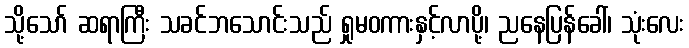
သို့သော် ဆရာကြီး သခင်ဘသောင်းသည် ရှုမဝကားနှင့်လာပို့၊ ညနေပြန်ခေါ်၊ သုံးလေး